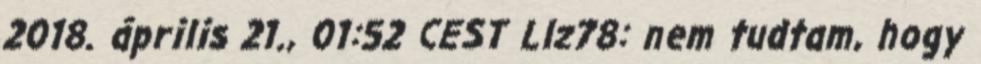
2018. április 21., 01:52 CEST Llz78: nem tudtam, hogy